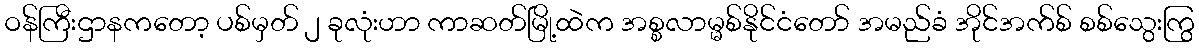
ဝန်ကြီးဌာနကတော့ ပစ်မှတ် ၂ ခုလုံးဟာ ကာဆတ်မြို့ထဲက အစ္စလာမ္မစ်နိုင်ငံတော် အမည်ခံ အိုင်အက်စ် စစ်သွေးကြွ